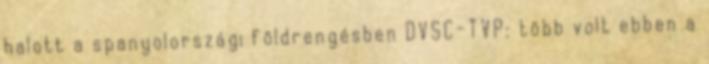
halott a spanyolországi földrengésben DVSC-TVP: több volt ebben a